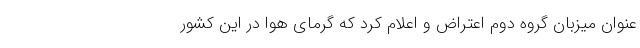
عنوان میزبان گروه دوم اعتراض و اعلام کرد که گرمای هوا در این کشور